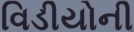
વિડીયોની